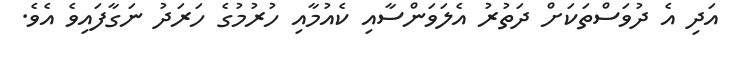
އަދި އެ ދުވަސްތަކަށް ދަތުރު އެލަވަންސާއި ކެއުމާއި ހުރުމުގެ ހަރަދު ނަގާފައިވެ އެވެ.